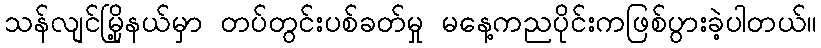
သန်လျင်မြို့နယ်မှာ တပ်တွင်းပစ်ခတ်မှု မနေ့ကညပိုင်းကဖြစ်ပွားခဲ့ပါတယ်။